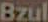
Bzul